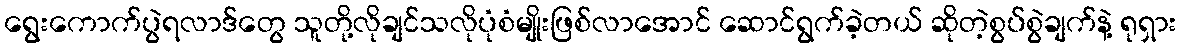
ရွေးကောက်ပွဲရလာဒ်တွေ သူတို့လိုချင်သလိုပုံစံမျိုးဖြစ်လာအောင် ဆောင်ရွက်ခဲ့တယ် ဆိုတဲ့စွပ်စွဲချက်နဲ့ ရုရှား